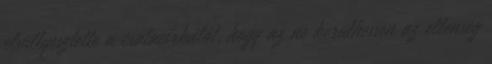
elsüllyesztette a csatacirkálót, hogy az ne kerülhessen az ellenség